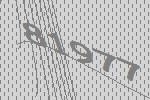
81977